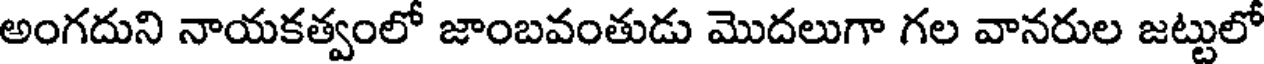
అంగదుని నాయకత్వంలో జాంబవంతుడు మొదలుగా గల వానరుల జట్టులో